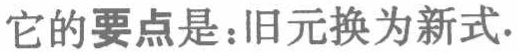
它的要点是：旧元换为新式.